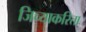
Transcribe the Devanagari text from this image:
जिच्याकरिता